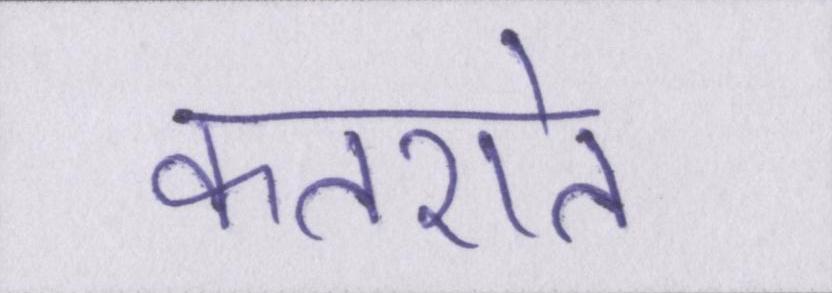
कतराते